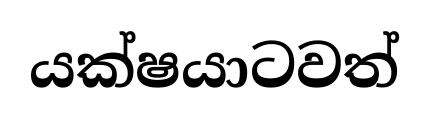
යක්ෂයාටවත්